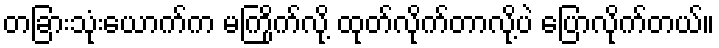
တခြားသုံးယောက်က မကြိုက်လို့ ထုတ်လိုက်တာလို့ပဲ ပြောလိုက်တယ်။